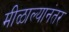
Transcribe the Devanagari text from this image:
मीळाल्यानंतर